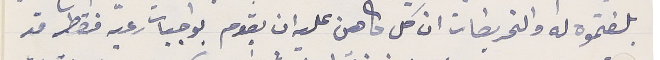
بلغتموه له والتحريمَات ان كل كاهن عليه ان يقوم بواجبات رعيته فقط قد